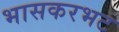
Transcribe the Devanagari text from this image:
भासकरभट